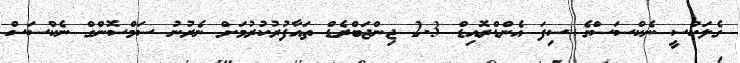
ގެލަކްސީ ނެކްސަސްގެ ސިފަ އެންޑްރޮއިޑް 2.3 ޖިންޖަބްރެޑް ތައާފުރުކުރުމަށް ނެރުނު ސަމްސޮންގް ނެކްސަސް